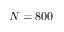
N = 8 0 0